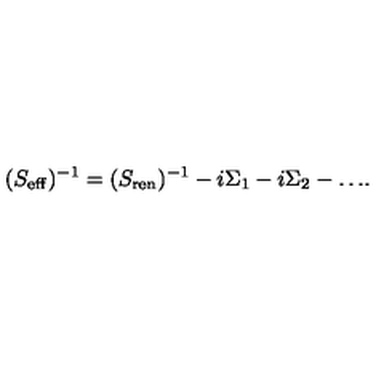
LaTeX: ( S _ { \mathrm { e f f } } ) ^ { - 1 } = ( S _ { \mathrm { r e n } } ) ^ { - 1 } - i \Sigma _ { 1 } - i \Sigma _ { 2 } - \dots \! .